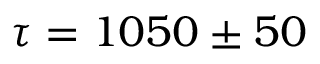
\tau = 1 0 5 0 \pm 5 0